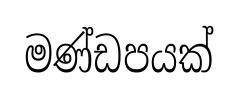
මණ්ඩපයක්